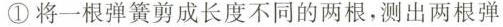
①将一根弹簧剪成长度不同的两根，测出两根弹